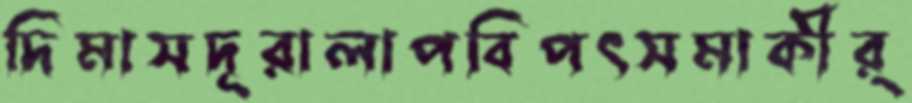
দিমাসদূরালাপবিপৎসমাকীর্